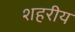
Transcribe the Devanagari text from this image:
शहरीय